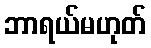
ဘာရယ်မဟုတ်